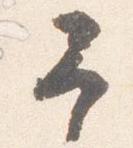
予